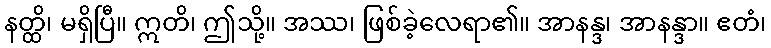
နတ္ထိ၊ မရှိပြီ။ ဣတိ၊ ဤသို့။ အဿ၊ ဖြစ်ခဲ့လေရာ၏။ အာနန္ဒ၊ အာနန္ဒာ။ ဧတံ၊